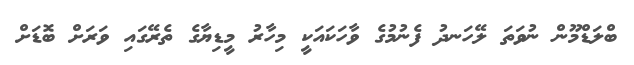
ބްލަޑްމޫން ނުވަތަ ލޭހަނދު ފެނުމުގެ ވާހަކައަކީ މިހާރު މީޑިޔާގެ ތެރޭގައި ވަރަށް ބޮޑަށް